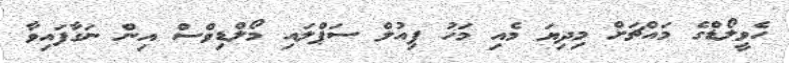
ހެވީލޯޑްގެ މައްޗަށް މިދިޔަ މެއި މަހު ފިއުލް ސަޕްލައި މޯލްޑިވްސް އިން ނަގާފައިވާ